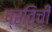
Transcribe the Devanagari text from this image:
प्रतिची